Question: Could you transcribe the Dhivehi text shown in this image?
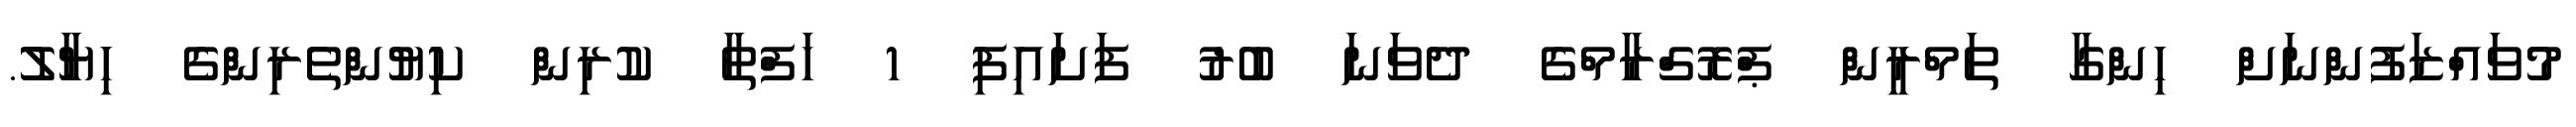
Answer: މުވައްޒަފުންނަށް ހިންގާ ތަމްރީން ޕްރޮގްރާމްގެ ދެވަނަ ބުރު ފަށައިފި 1 ހަފްތާ ކުރިން ކިޔުންތެރިންގެ ހިޔާލު.